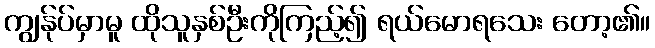
ကျွန်ုပ်မှာမူ ထိုသူနှစ်ဦးကိုကြည့်၍ ရယ်မောရသေး တော့၏။